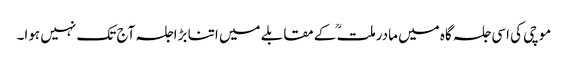
موچی کی اسی جلسہ گاہ میں مادرملتؒ کے مقابلے میں اتنا بڑاجلسہ آج تک نہیں ہوا۔